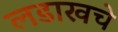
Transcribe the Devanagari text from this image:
लडाखचे